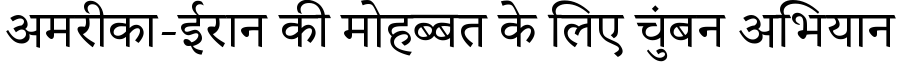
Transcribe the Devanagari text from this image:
अमरीका-ईरान की मोहब्बत के लिए चुंबन अभियान